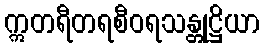
ဣတရီတရစီဝရသန္တုဋ္ဌိယာ